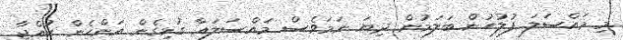
މި މައްސަލަ ފުލުހުން ބަލަމުން ދިޔަ ނަމަވެސް މައްސަލައާ ގުޅިގެން އަންހެން ކުއްޖާ